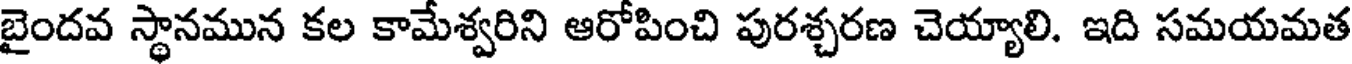
బైందవ స్థానమున కల కామేశ్వరిని ఆరోపించి పురశ్చరణ చెయ్యాలి. ఇది సమయమత